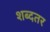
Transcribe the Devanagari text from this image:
शब्दतर